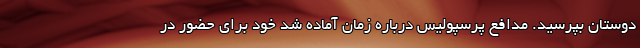
دوستان بپرسید. مدافع پرسپولیس درباره زمان آماده شد خود برای حضور در